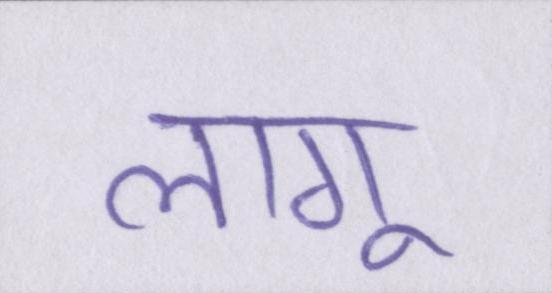
लागू